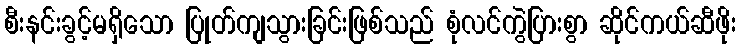
စီးနင်းခွင့်မရှိသော ပြုတ်ကျသွားခြင်းဖြစ်သည် စုံလင်ကွဲပြားစွာ ဆိုင်ကယ်ဆီဖိုး